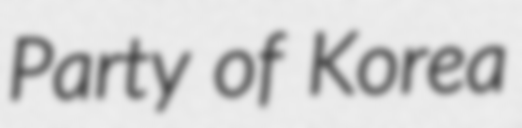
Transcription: Party of Korea